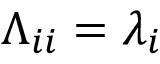
\Lambda _ { i i } = \lambda _ { i }